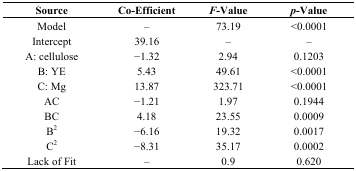
| Source | Co-Efficient | F-Value | p-Value |
 | --- | --- | --- | --- |
 | Model | – | 73.19 | <0.0001 |
 | Intercept | 39.16 | – | – |
 | A: cellulose | −1.32 | 2.94 | 0.1203 |
 | B: YE | 5.43 | 49.61 | <0.0001 |
 | C: Mg | 13.87 | 323.71 | <0.0001 |
 | AC | −1.21 | 1.97 | 0.1944 |
 | BC | 4.18 | 23.55 | 0.0009 |
 | B2 | −6.16 | 19.32 | 0.0017 |
 | C2 | −8.31 | 35.17 | 0.0002 |
 | Lack of Fit | – | 0.9 | 0.620 |